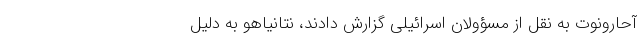
آحارونوت به نقل از مسؤولان اسرائیلی گزارش دادند، نتانیاهو به دلیل